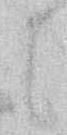
に